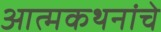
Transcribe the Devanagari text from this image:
आत्मकथनांचे